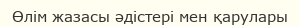
Өлім жазасы әдістері мен қарулары